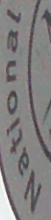
National